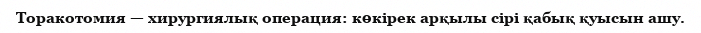
Торакотомия — хирургиялық операция: көкірек арқылы сірі қабық қуысын ашу.